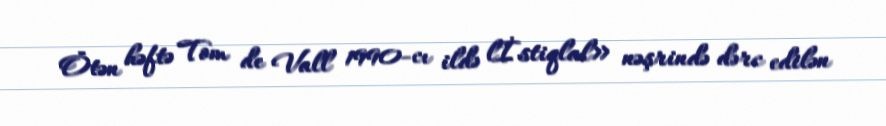
Ötən həftə Tom de Vall 1990-cı ildə lİstiqlal» nəşrində dərc edilən